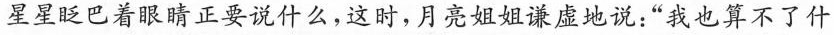
星星眨巴着眼睛正要说什么，这时，月亮姐姐谦虚地说：“我也算不了什